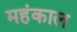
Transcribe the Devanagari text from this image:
महंकाल